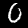
Digit: 0